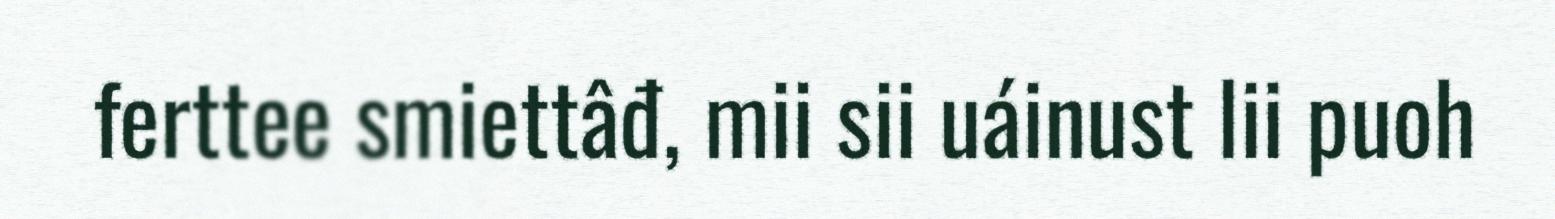
ferttee smiettâđ, mii sii uáinust lii puoh